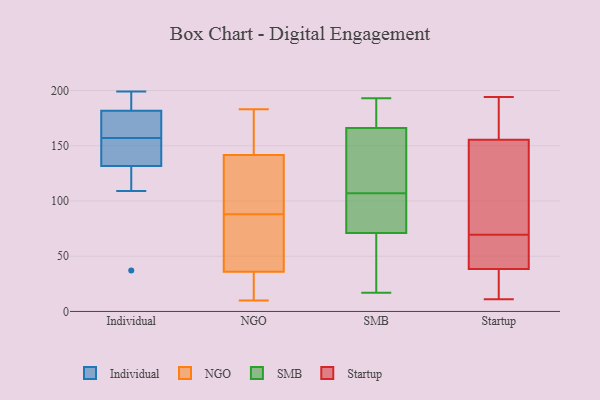
{"axis": {"x": "Production Output", "y": "Value"}, "legend": ["Individual", "NGO", "SMB", "Startup"], "data": [{"x": "", "y": 156, "type": "Individual"}, {"x": "", "y": 178, "type": "Individual"}, {"x": "", "y": 199, "type": "Individual"}, {"x": "", "y": 166, "type": "Individual"}, {"x": "", "y": 140, "type": "Individual"}, {"x": "", "y": 157, "type": "Individual"}, {"x": "", "y": 196, "type": "Individual"}, {"x": "", "y": 129, "type": "Individual"}, {"x": "", "y": 183, "type": "Individual"}, {"x": "", "y": 109, "type": "Individual"}, {"x": "", "y": 37, "type": "Individual"}, {"x": "", "y": 163, "type": "NGO"}, {"x": "", "y": 119, "type": "NGO"}, {"x": "", "y": 24, "type": "NGO"}, {"x": "", "y": 149, "type": "NGO"}, {"x": "", "y": 94, "type": "NGO"}, {"x": "", "y": 183, "type": "NGO"}, {"x": "", "y": 88, "type": "NGO"}, {"x": "", "y": 28, "type": "NGO"}, {"x": "", "y": 60, "type": "NGO"}, {"x": "", "y": 76, "type": "NGO"}, {"x": "", "y": 10, "type": "NGO"}, {"x": "", "y": 166, "type": "SMB"}, {"x": "", "y": 77, "type": "SMB"}, {"x": "", "y": 99, "type": "SMB"}, {"x": "", "y": 54, "type": "SMB"}, {"x": "", "y": 71, "type": "SMB"}, {"x": "", "y": 17, "type": "SMB"}, {"x": "", "y": 193, "type": "SMB"}, {"x": "", "y": 163, "type": "SMB"}, {"x": "", "y": 115, "type": "SMB"}, {"x": "", "y": 178, "type": "SMB"}, {"x": "", "y": 177, "type": "Startup"}, {"x": "", "y": 38, "type": "Startup"}, {"x": "", "y": 80, "type": "Startup"}, {"x": "", "y": 194, "type": "Startup"}, {"x": "", "y": 153, "type": "Startup"}, {"x": "", "y": 39, "type": "Startup"}, {"x": "", "y": 41, "type": "Startup"}, {"x": "", "y": 49, "type": "Startup"}, {"x": "", "y": 11, "type": "Startup"}, {"x": "", "y": 170, "type": "Startup"}, {"x": "", "y": 39, "type": "Startup"}, {"x": "", "y": 16, "type": "Startup"}, {"x": "", "y": 181, "type": "Startup"}, {"x": "", "y": 84, "type": "Startup"}, {"x": "", "y": 90, "type": "Startup"}, {"x": "", "y": 157, "type": "Startup"}, {"x": "", "y": 59, "type": "Startup"}, {"x": "", "y": 32, "type": "Startup"}, {"x": "", "y": 24, "type": "Startup"}, {"x": "", "y": 154, "type": "Startup"}]}